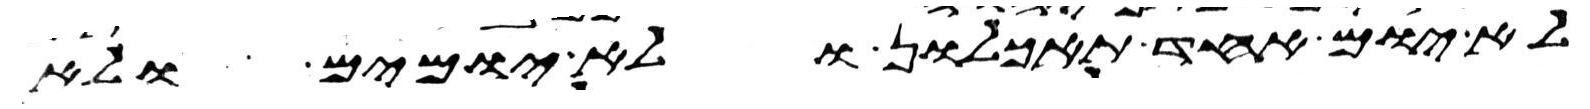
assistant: לא יום אחד תאכלון ולא יומים ולא